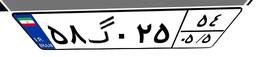
۶۶گ۸۲۳۵۷